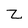
Character: z